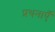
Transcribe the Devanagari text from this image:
प्रथनाएँ